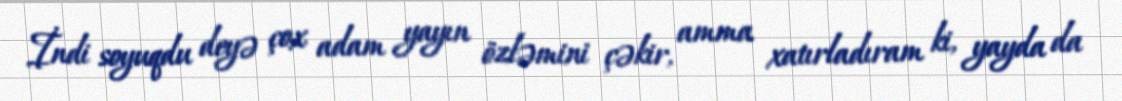
İndi soyuqdu deyə çox adam yayın özləmini çəkir, amma xatırladıram ki, yayda da